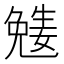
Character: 𡢎